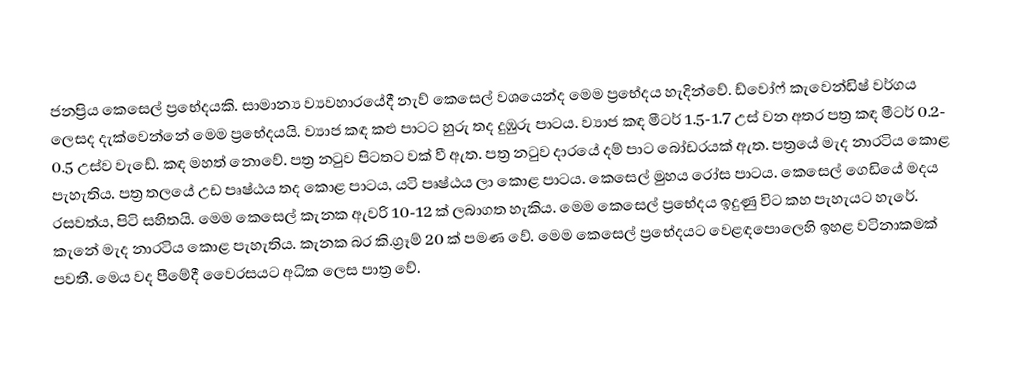
ජනප්‍රිය කෙසෙල් ප්‍රභේදයකි. සාමාන්‍ය ව්‍යවහාරයේදී නැව් කෙසෙල් වශයෙන්ද මෙම ප්‍රභේදය හැදින්වේ.  ඩ්වෝෆ් කැවෙන්ඩි‍ෂ් වර්ගය ලෙසද දැක්වෙන්නේ මෙම ප්‍රභේදයයි. ව්‍යාජ කඳ කළු පාටට හුරු තද දුඹුරු පාටය. ව්‍යාජ කඳ මීටර් 1.5-1.7 උස් වන අතර පත්‍ර කඳ මීටර් 0.2- 0.5 උස්ව වැඩේ. කඳ මහත් නොවේ. පත්‍ර නටුව පිටතට වක් වී ඇත. පත්‍ර නටුව දාරයේ දම් පාට බෝඩරයක් ඇත. පත්‍රයේ මැද නාරටිය කොළ පැහැතිය‍. පත්‍ර තලයේ උඩ පෘෂ්ඨය තද කොළ පාටය, යටි පෘෂ්ඨය ලා කොළ පාටය. කෙසෙල් මුහය රෝස පාටය. ‌කෙසෙල් ‌ගෙඩියේ මදය රසවත්ය, පිටි සහිතයි. මෙම කෙසෙල් කැනක ඇවරි 10-12 ක් ලබාගත හැකිය. මෙම කෙසෙල් ප්‍රභේදය ඉදුණු විට කහ පැහැයට හැරේ. කැනේ මැද නාරටිය කොළ පැහැතිය‍. කැනක බර කි.ග්‍රෑම් 20 ක් පමණ වේ. මෙම කෙසෙල් ප්‍රභේදයට වෙළඳපොලෙහි ඉහළ වටිනාකමක් පවතී. මෙය වද පීමේදී වෛරසයට අධික ලෙස පාත්‍ර වේ.